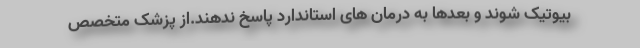
بیوتیک شوند و بعدها به درمان های استاندارد پاسخ ندهند.از پزشک متخصص